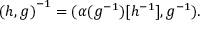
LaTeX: { ( h , g ) } ^ { - 1 } = ( \alpha ( g ^ { - 1 } ) [ h ^ { - 1 } ] , g ^ { - 1 } ) .